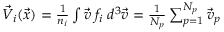
\begin{array} { r } { \vec { V } _ { i } ( \vec { x } ) = \frac { 1 } { n _ { i } } \int \vec { v } \; f _ { i } \; d ^ { 3 } \vec { v } = \frac { 1 } { N _ { p } } \sum _ { p = 1 } ^ { N _ { p } } \vec { v } _ { p } } \end{array}